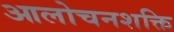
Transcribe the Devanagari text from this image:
आलोचनशक्ति